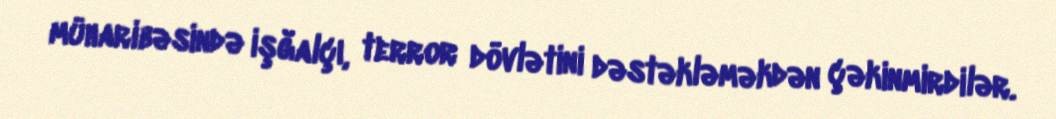
müharibəsində işğalçı, terror dövlətini dəstəkləməkdən çəkinmirdilər.